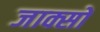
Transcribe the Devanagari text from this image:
जाक्सों